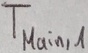
Text: TMain,1